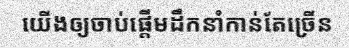
យើងឲ្យចាប់ផ្តើមដឹកនាំកាន់តែច្រើន